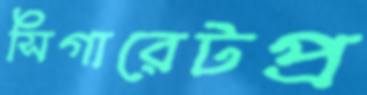
সিগারেটপ্র